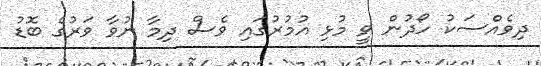
ދިވެއްސަކު ހޯދުން ވީ މުޅި އުމުރުގައި ވެސް ދިމާ ނުވާ ވަރުގެ ބޮޑު